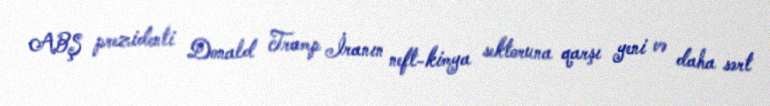
ABŞ prezidenti Donald Tramp İranın neft-kimya sektoruna qarşı yeni və daha sərt